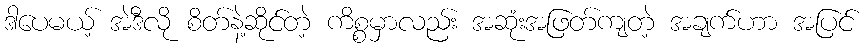
ဒါပေမယ့် အဲဒီလို စိတ်နဲ့ဆိုင်တဲ့ ကိစ္စမှာလည်း အဆုံးအဖြတ်ကျတဲ့ အချက်ဟာ အပြင်